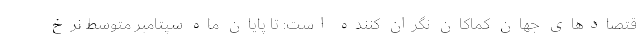
قتصادهای جهان کماکان نگران کننده است: تا پایان ماه سپتامبر متوسط نرخ